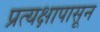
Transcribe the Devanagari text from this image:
प्रत्यक्षापासून